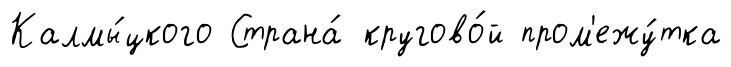
Калмы́цкого Страна́ кругово́й пром'ежу́тка